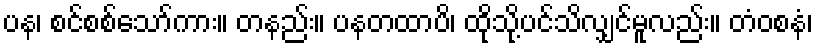
ပန၊ စင်စစ်သော်ကား။ တနည်း။ ပနတထာပိ၊ ထိုသို့ပင်သိလျှင်မူလည်း။ တံဝစနံ၊